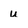
Character: u